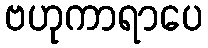
ဗဟုကာရာပေ